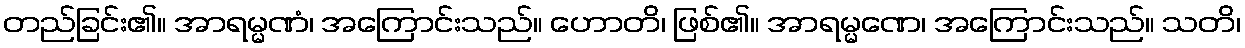
တည်ခြင်း၏။ အာရမ္မဏံ၊ အကြောင်းသည်။ ဟောတိ၊ ဖြစ်၏။ အာရမ္မဏေ၊ အကြောင်းသည်။ သတိ၊